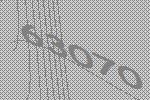
63070